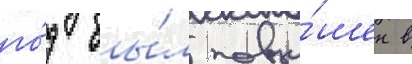
го́д бы́л повы́шен в